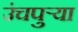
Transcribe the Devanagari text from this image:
उंचपुर्‍या